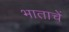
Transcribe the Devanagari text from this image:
भाताचें